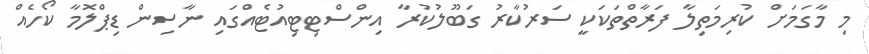
މި މާގަމަށް ކުރިމަތިލާ ފަރާތްތަކަކީ ސަރުކާރު ގަބޫލުކުރާ އިންސްޓިޓިއުޓެއްގައި ނާސިން ޑިޕްލޮމާ ކޯހެއް